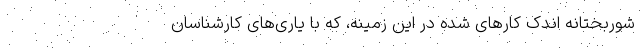
شوربختانه اندک کارهای شده در این زمینه، که با یاری‌های کارشناسان